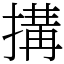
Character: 搆